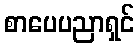
စာပေပညာရှင်